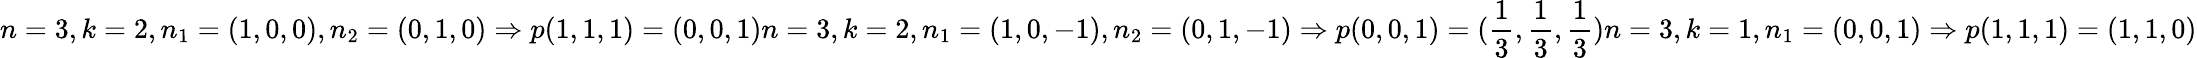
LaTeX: n=3,k=2,n_{1}=(1,0,0),n_{2}=(0,1,0)\Rightarrow p(1,1,1)=(0,0,1)n=3,k=2,n_{1}=(1,0,-1),n_{2}=(0,1,-1)\Rightarrow p(0,0,1)=({\frac{1}{3}},{\frac{1}{3}},{\frac{1}{3}})n=3,k=1,n_{1}=(0,0,1)\Rightarrow p(1,1,1)=(1,1,0)